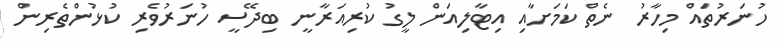
ހުނަރުތައް މިހާރު ނެތް ކަމަށާއި އިޓާލިއަން ލީގު ކުރިއަރާނީ ބިދޭސީ ހުނަރުވެރި ކުޅުންތެރިން